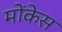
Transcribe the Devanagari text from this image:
मोंकेस